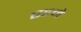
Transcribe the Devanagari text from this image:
एडमे